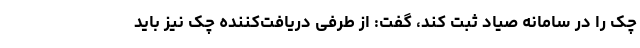
چک را در سامانه صیاد ثبت کند، گفت: از طرفی دریافت‌کننده چک نیز باید